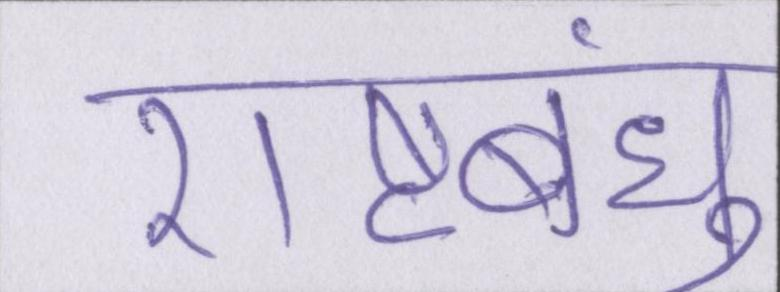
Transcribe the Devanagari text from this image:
राष्ट्रबंधु